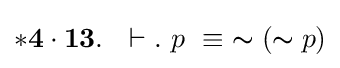
\mathbf {*4\cdot 13} .\ \ \vdash .\ p\ \equiv \ \thicksim (\thicksim p)